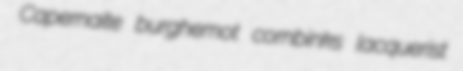
Capernaite burghemot cornbinks lacquerist